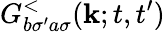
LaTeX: G_{b\sigma^{\prime}a\sigma}^{<}(\mathbf{k};t,t^{\prime})